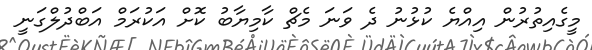
މީގެއިތުރުން އިއްޔެ ކުޅުނު ދެ ވަނަ މެޗް ކާމިޔާބު ކޮށް އަކުރަމް އަބްދުލްގަނީ